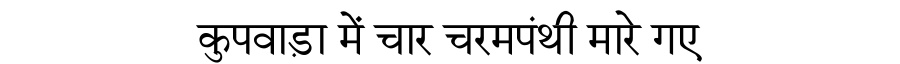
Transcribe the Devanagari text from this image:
कुपवाड़ा में चार चरमपंथी मारे गए